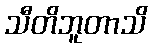
သီတိဘူတာသိ